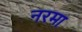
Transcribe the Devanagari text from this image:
नरमा